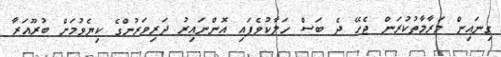
ގިނައިން މަރާމާތުކުރަން ޖެހޭ ދެ ބަސް ހަލާކުވެފައި އޮންނައިރު ދަރިވަރުންގެ ކިޔެވުމަށް ބުރޫއަރާ